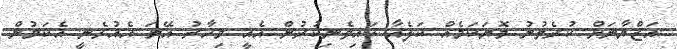
އަޒްޔާނަށް ކުރެވުނު މޮޔަކަމެއް ކަލެއާ ކައިވެނިކުރުން އެއީ މިހާރު އޭނަ އެއުޅެނީ އެކަމުން